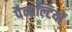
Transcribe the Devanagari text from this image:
पैनाल्टियों